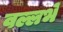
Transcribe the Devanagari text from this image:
वल्लभे